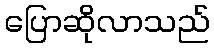
ပြောဆိုလာသည်